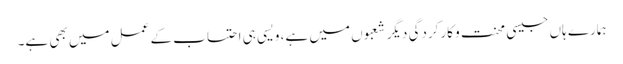
ہمارے ہاں جیسی محنت و کارکردگی دیگر شعبوں میں ہے، ویسی ہی احتساب کے عمل میں بھی ہے۔